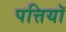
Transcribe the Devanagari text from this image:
पत्तियॉ